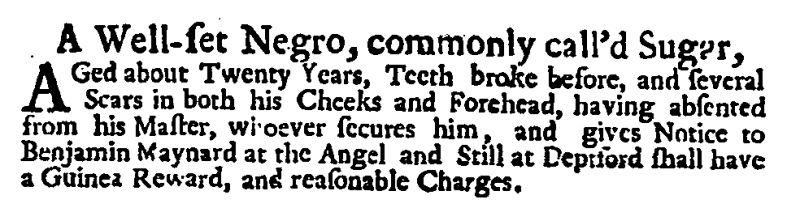
Weekly Journal or British Gazetteer, 18 October 1718 (England)
  A Well-set Negro, commonly call’d Sugar,AGed about Twenty Years, Teeth broke before, and several Scars in both his Cheeks and Forehead, having absented from his Master, whoever secures him, and gives Notice to Benjamin Maynard at the Angel and Still at Deptford shall have a Guinea Reward, and reasonable Charges.